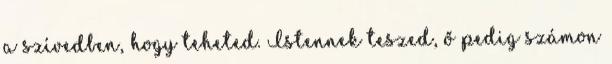
a szívedben, hogy teheted. Istennek teszed, ő pedig számon